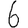
Digit: 6